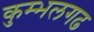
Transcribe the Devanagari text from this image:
कुम्‍भलगढ